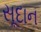
સૂદાન